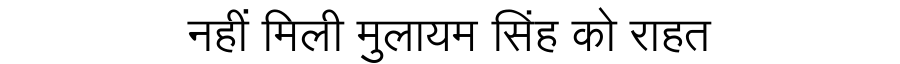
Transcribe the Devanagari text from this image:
नहीं मिली मुलायम सिंह को राहत